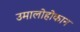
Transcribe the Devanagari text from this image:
उमालोहोकान